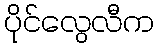
ပိုင်လွေလီက